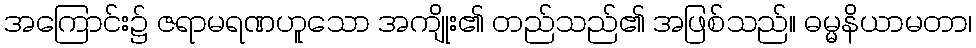
အကြောင်း၌ ဇရာမရဏဟူသော အကျိုး၏ တည်သည်၏ အဖြစ်သည်။ ဓမ္မနိယာမတာ၊